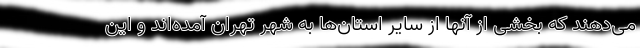
می‌دهند که بخشی از آنها از سایر استان‌ها به شهر تهران آمده‌اند و این